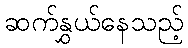
ဆက်နွှယ်နေသည့်